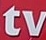
tv